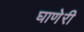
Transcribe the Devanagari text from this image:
घाणेरी